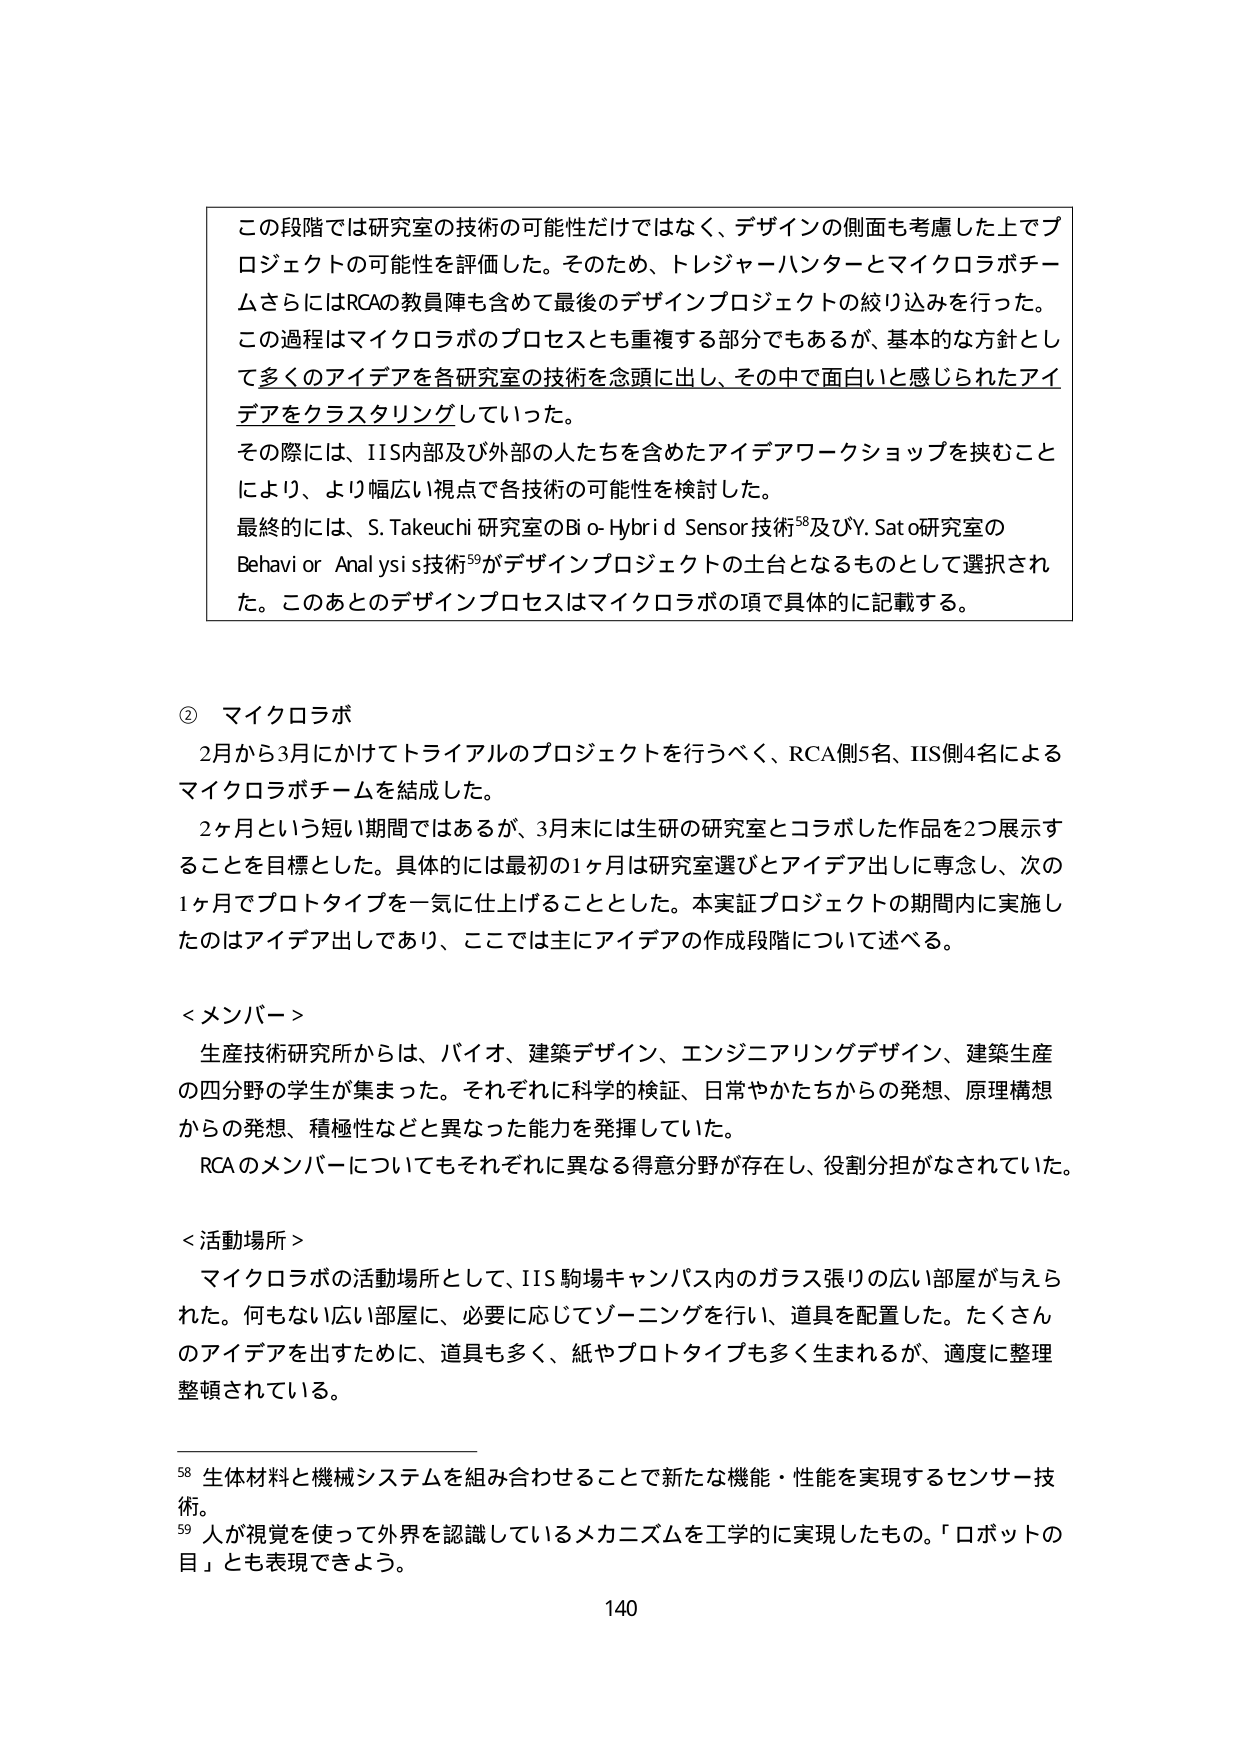
この段階では研究室の技術の可能性だけではなく、デザインの側面も考慮した上でプロジェクトの可能性を評価した。そのため、トレジャーハンターとマイクロラボチームさらにはRCAの教員陣も含めて最後のデザインプロジェクトの絞り込みを行った。この過程はマイクロラボのプロセスとも重複する部分でもあるが、基本的な方針として多くのアイデアを各研究室の技術を念頭に出し、その中で面白いと感じられたアイデアをクラスタリングしていった。その際には、IIS内部及び外部の人たちを含めたアイデアワークショップを挟むことにより、より幅広い視点で各技術の可能性を検討した。最終的には、S.Takeuchi 研究室のBio-Hybrid Sensor技術⁵⁸及びY.Sato研究室のBehavior Analysis技術⁵⁹がデザインプロジェクトの土台となるものとして選択された。このあとのデザインプロセスはマイクロラボの項で具体的に記載する。

② マイクロラボ
2月から3月にかけてトライアルのプロジェクトを行うべく、RCA側5名、IIS側4名によるマイクロラボチームを結成した。
2ヶ月という短い期間ではあるが、3月末には生研の研究室とコラボした作品を2つ展示することを目標とした。具体的には最初の1ヶ月は研究室選びとアイデア出しに専念し、次の1ヶ月でプロトタイプを一気に仕上げることとした。本実証プロジェクトの期間内に実施したのはアイデア出しであり、ここでは主にアイデアの作成段階について述べる。

＜メンバー＞
生産技術研究所からは、バイオ、建築デザイン、エンジニアリングデザイン、建築生産の四分野の学生が集まった。それぞれに科学的検証、日常やかたちからの発想、原理構想からの発想、積極性などと異なった能力を発揮していた。
RCAのメンバーについてもそれぞれに異なる得意分野が存在し、役割分担がなされていた。

＜活動場所＞
マイクロラボの活動場所として、IIS駒場キャンパス内のガラス張りの広い部屋が与えられた。何もない広い部屋に、必要に応じてゾーニングを行い、道具を配置した。たくさんのアイデアを出すために、道具も多く、紙やプロトタイプも多く生まれるが、適度に整理整頓されている。

⁵⁸ 生体材料と機械システムを組み合わせることで新たな機能・性能を実現するセンサー技術。
⁵⁹ 人が視覚を使って外界を認識しているメカニズムを工学的に実現したもの。「ロボットの目」とも表現できよう。

140